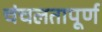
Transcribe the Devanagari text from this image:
चंचलतापूर्ण